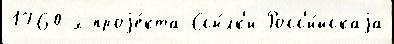
1760-х проjе́кта Ссы́лк'и Росс'и́йскаjа